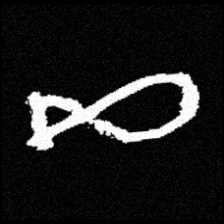
Pyu character \u2014 Myanmar letter: ဆ (romanized: cha)